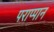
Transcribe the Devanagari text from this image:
पराप्पान